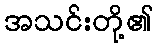
အသင်းတို့၏